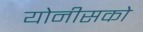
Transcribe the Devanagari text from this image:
योनीसको